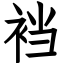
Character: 裆